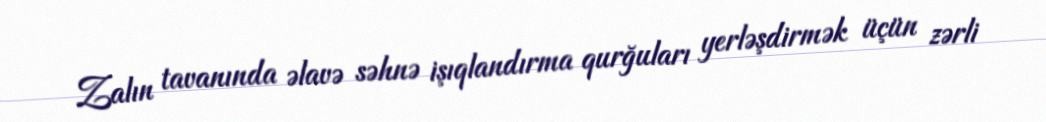
Zalın tavanında əlavə səhnə işıqlandırma qurğuları yerləşdirmək üçün zərli